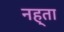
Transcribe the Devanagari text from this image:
नह्ता